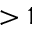
> 1